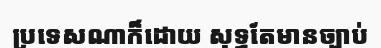
ប្រទេសណាក៏ដោយ សុទ្ធតែមានច្បាប់